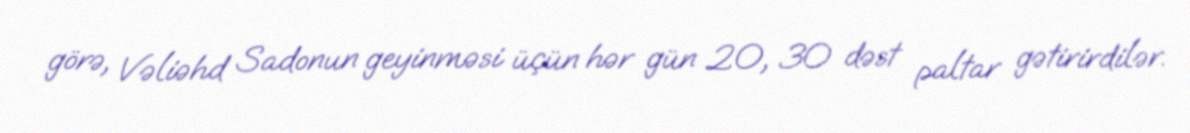
görə, Vəliəhd Sadonun geyinməsi üçün hər gün 20, 30 dəst paltar gətirirdilər.